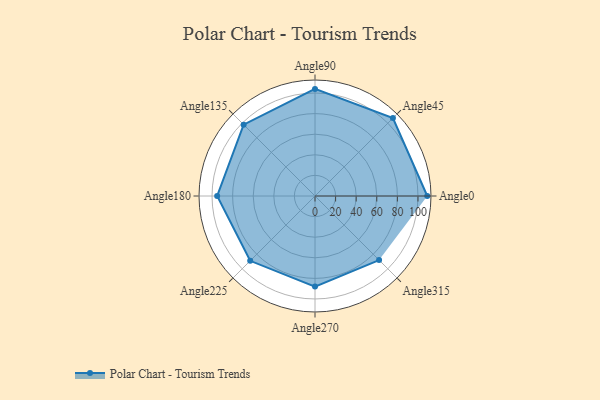
{"axis": {"x": "Angle", "y": "Radius"}, "legend": [""], "data": [{"x": "Angle0", "y": 109.0, "type": ""}, {"x": "Angle45", "y": 107.0, "type": ""}, {"x": "Angle90", "y": 104.0, "type": ""}, {"x": "Angle135", "y": 98.0, "type": ""}, {"x": "Angle180", "y": 95.0, "type": ""}, {"x": "Angle225", "y": 89.0, "type": ""}, {"x": "Angle270", "y": 88.0, "type": ""}, {"x": "Angle315", "y": 88.0, "type": ""}]}